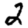
Digit: 2